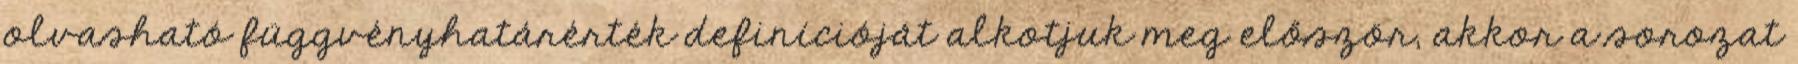
olvasható függvényhatárérték definícióját alkotjuk meg először, akkor a sorozat